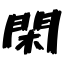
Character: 閑